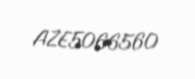
AZE5066560